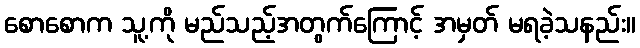
စောစောက သူ့ကို မည်သည့်အတွက်ကြောင့် အမှတ် မရခဲ့သနည်း။